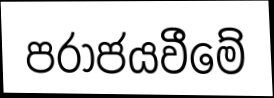
පරාජයවීමේ